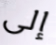
إلى